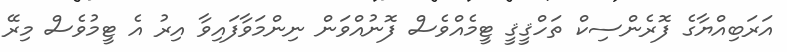
އަރަބިއްޔާގެ ފޮރެންސިކް ތަހްޤީޤީ ޓީމެއްވެސް ފޮނުއްވަން ނިންމަވާފައިވާ އިރު އެ ޓީމުުވެސް މިރޭ